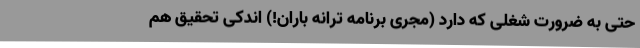
حتی به ضرورت شغلی که دارد (مجری برنامه ترانه باران!) اندکی تحقیق هم